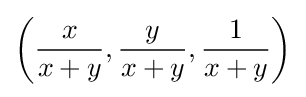
\left({\frac {x}{x+y}},{\frac {y}{x+y}},{\frac {1}{x+y}}\right)